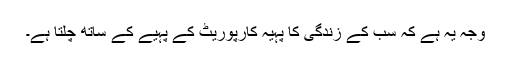
وجہ یہ ہے کہ سب کے زندگی کا پہیہ کارپوریٹ کے پہیے کے ساتھ چلتا ہے۔